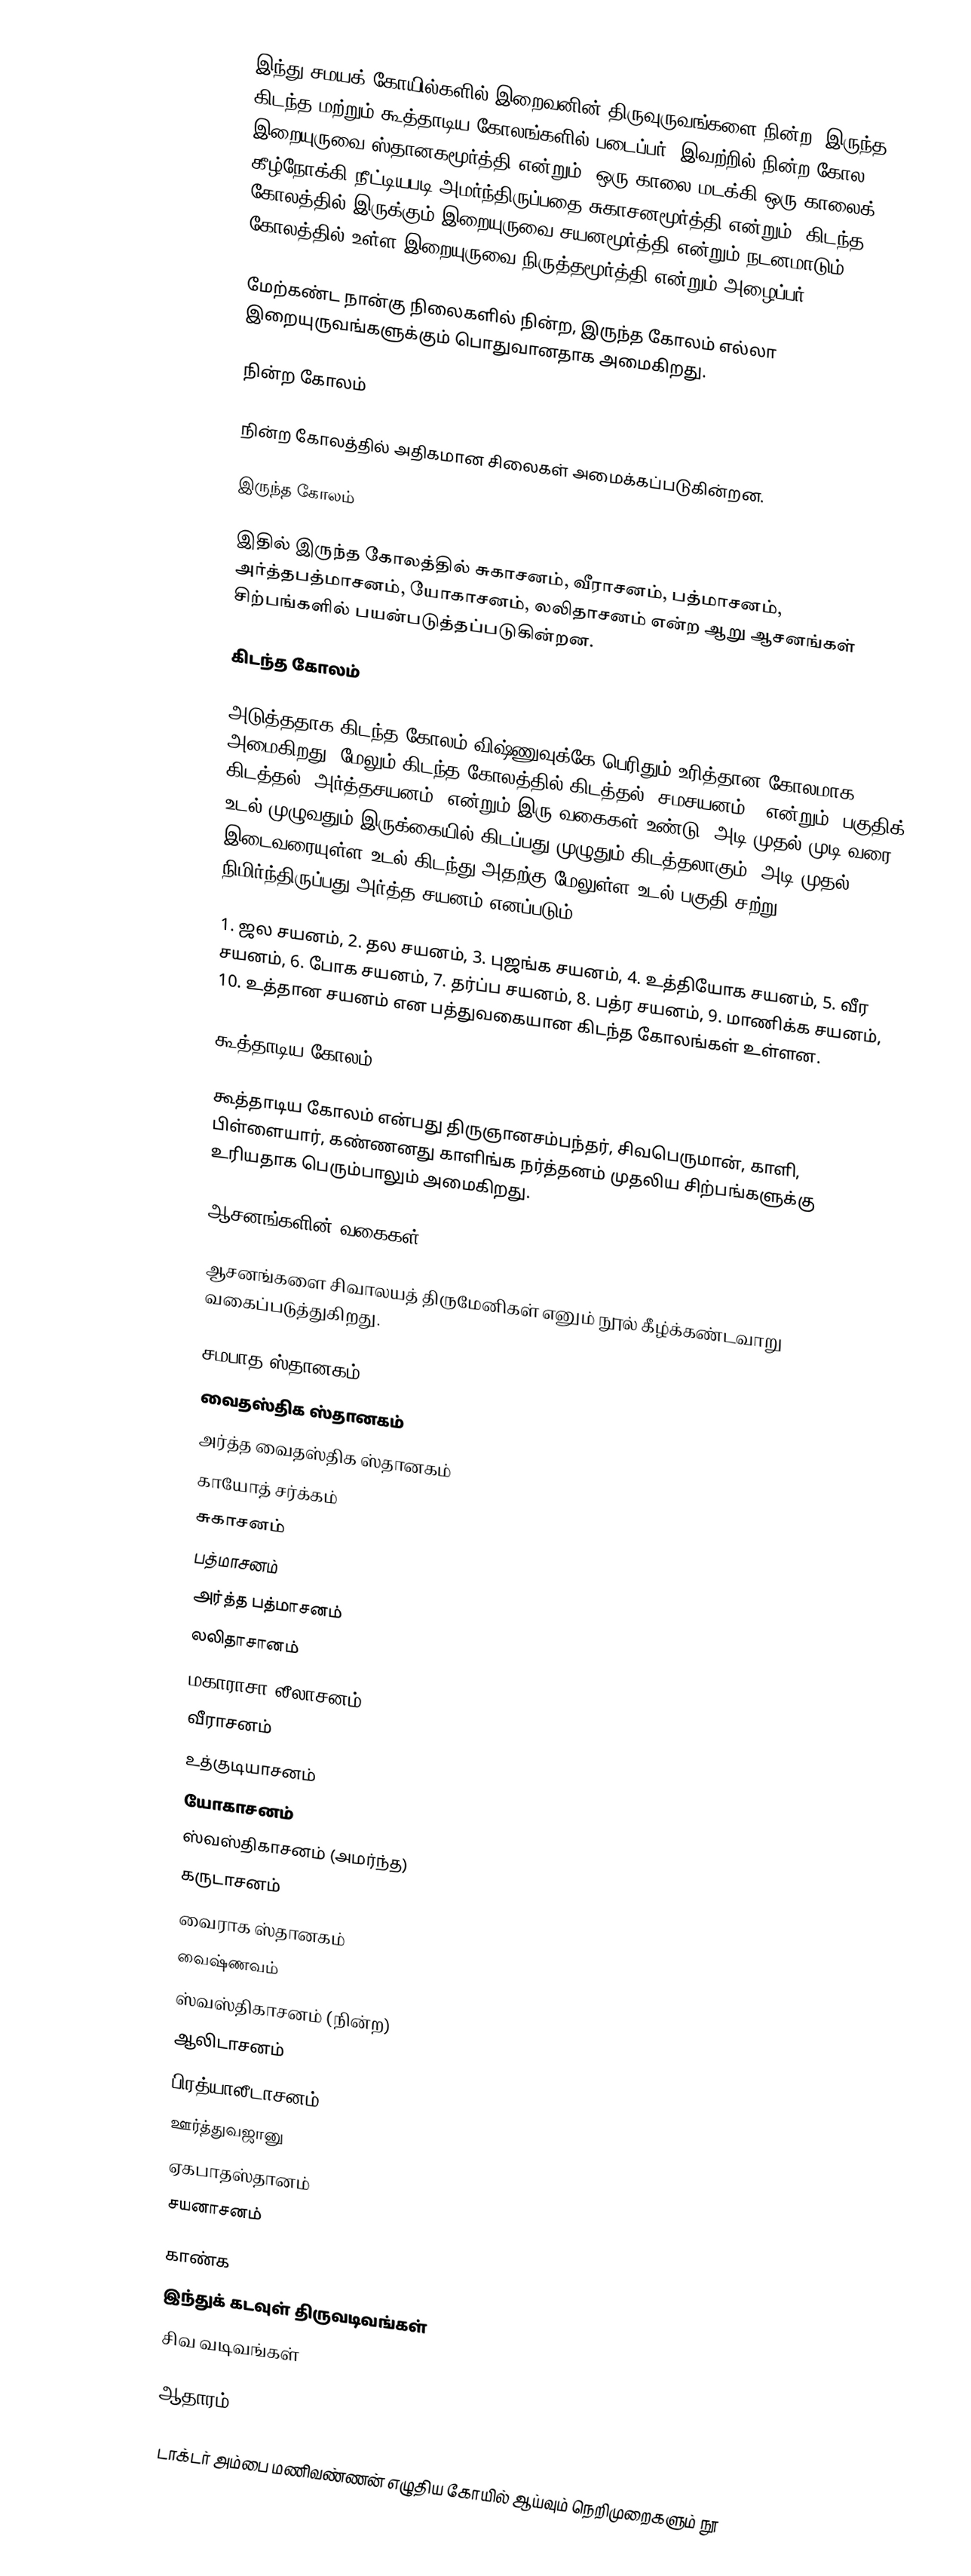
இந்து சமயக் கோயில்களில் இறைவனின் திருவுருவங்களை நின்ற, இருந்த, கிடந்த மற்றும் கூத்தாடிய கோலங்களில் படைப்பர். இவற்றில் நின்ற கோல இறையுருவை ஸ்தானகமூர்த்தி என்றும், ஒரு காலை மடக்கி ஒரு காலைக் கீழ்நோக்கி நீட்டியபடி அமர்ந்திருப்பதை சுகாசனமூர்த்தி என்றும், கிடந்த கோலத்தில் இருக்கும் இறையுருவை சயனமூர்த்தி என்றும் நடனமாடும் கோலத்தில் உள்ள இறையுருவை நிருத்தமூர்த்தி என்றும் அழைப்பர்.

மேற்கண்ட நான்கு நிலைகளில் நின்ற, இருந்த கோலம் எல்லா இறையுருவங்களுக்கும் பொதுவானதாக அமைகிறது.

நின்ற கோலம்

நின்ற கோலத்தில் அதிகமான சிலைகள் அமைக்கப்படுகின்றன.

இருந்த கோலம்

இதில் இருந்த கோலத்தில் சுகாசனம், வீராசனம், பத்மாசனம், அர்த்தபத்மாசனம், யோகாசனம், லலிதாசனம் என்ற ஆறு ஆசனங்கள் சிற்பங்களில் பயன்படுத்தப்படுகின்றன.

கிடந்த கோலம்

அடுத்ததாக கிடந்த கோலம் விஷ்ணுவுக்கே பெரிதும் உரித்தான கோலமாக அமைகிறது. மேலும் கிடந்த கோலத்தில் கிடத்தல் "சமசயனம் " என்றும், பகுதிக் கிடத்தல் "அர்த்தசயனம்" என்றும் இரு வகைகள் உண்டு. அடி முதல் முடி வரை உடல் முழுவதும் இருக்கையில் கிடப்பது முழுதும் கிடத்தலாகும். அடி முதல் இடைவரையுள்ள உடல் கிடந்து அதற்கு மேலுள்ள உடல் பகுதி சற்று நிமிர்ந்திருப்பது அர்த்த சயனம் எனப்படும்.

1. ஜல சயனம், 2. தல சயனம், 3. புஜங்க சயனம், 4. உத்தியோக சயனம், 5. வீர சயனம், 6. போக சயனம், 7. தர்ப்ப சயனம், 8. பத்ர சயனம், 9. மாணிக்க சயனம், 10. உத்தான சயனம் என பத்துவகையான கிடந்த கோலங்கள் உள்ளன.

கூத்தாடிய கோலம்

கூத்தாடிய கோலம் என்பது திருஞானசம்பந்தர்,  சிவபெருமான், காளி, பிள்ளையார், கண்ணனது காளிங்க நர்த்தனம் முதலிய சிற்பங்களுக்கு உரியதாக பெரும்பாலும் அமைகிறது.

ஆசனங்களின் வகைகள்

ஆசனங்களை சிவாலயத் திருமேனிகள் எனும் நூல் கீழ்க்கண்டவாறு வகைப்படுத்துகிறது.

 சமபாத ஸ்தானகம்
 வைதஸ்திக ஸ்தானகம்
 அர்த்த வைதஸ்திக ஸ்தானகம்
 காயோத் சர்க்கம்
 சுகாசனம்
 பத்மாசனம்
 அர்த்த பத்மாசனம்
 லலிதாசானம்
 மகாராசா லீலாசனம்
 வீராசனம்
 உத்குடியாசனம்
 யோகாசனம்
 ஸ்வஸ்திகாசனம் (அமர்ந்த)
 கருடாசனம்
 வைராக ஸ்தானகம்
 வைஷ்ணவம்
 ஸ்வஸ்திகாசனம் (நின்ற)
 ஆலிடாசனம்
 பிரத்யாலீடாசனம்
 ஊர்த்துவஜானு
 ஏகபாதஸ்தானம்
 சயனாசனம்

காண்க
 இந்துக் கடவுள் திருவடிவங்கள்
 சிவ வடிவங்கள்

ஆதாரம்

 டாக்டர் அம்பை மணிவண்ணன் எழுதிய கோயில் ஆய்வும் நெறிமுறைகளும் நூ